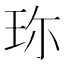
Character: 珎